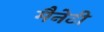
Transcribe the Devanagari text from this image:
मैनेटी